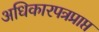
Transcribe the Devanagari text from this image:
अधिकारपत्रप्राप्त